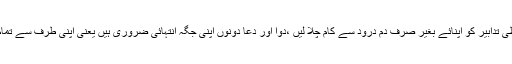
میری مراد یہ ہرگز نہیں کہ احتیاطی تدابیر کو اپنائے بغیر صرف دم درود سے کام چلا لیں ،دوا اور دعا دونوں اپنی جگہ انتہائی ضروری ہیں یعنی اپنی طرف سے تمام کوششوں کے ساتھ توکل علی اللہ۔